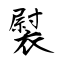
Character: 褽